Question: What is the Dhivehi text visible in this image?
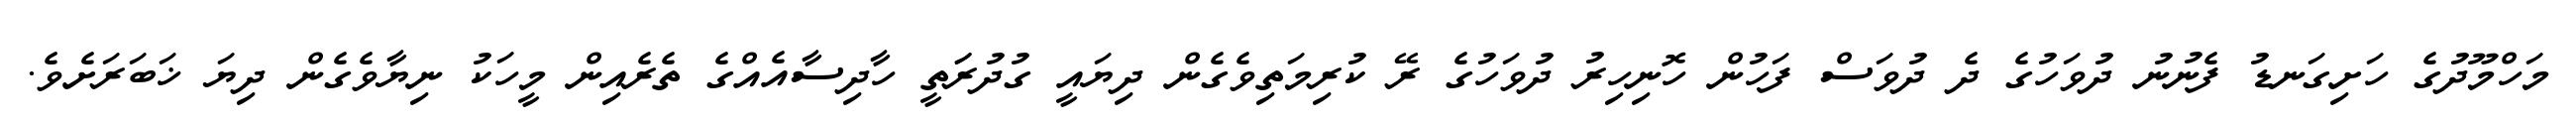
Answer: މަހްމޫދުގެ ހަށިގަނޑު ފެނުނު ދުވަހުގެ ދެ ދުވަސް ފަހުން ހޮނިހިރު ދުވަހުގެ ރޭ ކުރިމަތިވެގެން ދިޔައީ ގުދުރަަތީ ހާދިސާއެއްގެ ތެރެއިން މީހަކު ނިޔާވެގެން ދިޔަ ޚަބަރަށެވެ.